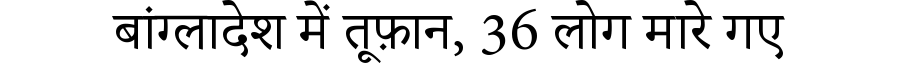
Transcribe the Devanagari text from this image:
बांग्लादेश में तूफ़ान, 36 लोग मारे गए